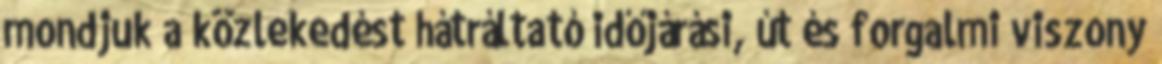
mondjuk a közlekedést hátráltató időjárási, út és forgalmi viszony